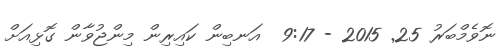
ނޮވެމްބަރު 25